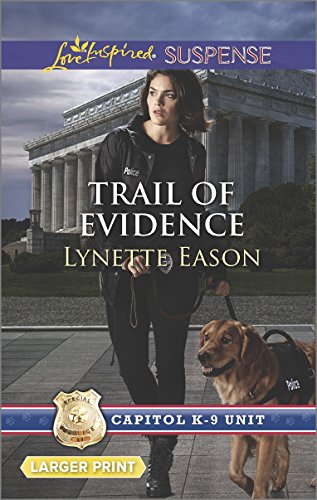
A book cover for Trail of Evidence (Capitol K-9 Unit); Lynette Eason; Romance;